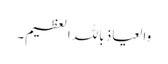
والعیاذ باللہ العظیم۔